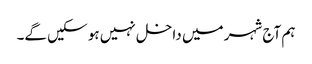
ہم آج شہر میں داخل نہیں ہو سکیں گے۔